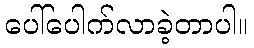
ပေါ်ပေါက်လာခဲ့တာပါ။